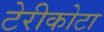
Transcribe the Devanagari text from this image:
टेरीकोटा